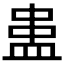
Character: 𰤻